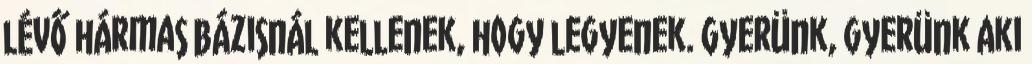
lévő hármas bázisnál kellenek, hogy legyenek. Gyerünk, gyerünk Aki